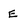
Character: E